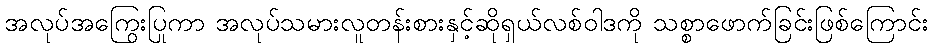
အလုပ်အကြွေးပြုကာ အလုပ်သမားလူတန်းစားနှင့်ဆိုရှယ်လစ်ဝါဒကို သစ္စာဖောက်ခြင်းဖြစ်ကြောင်း